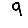
Digit: 9